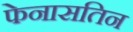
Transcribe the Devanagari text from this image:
फेनासतिन